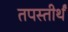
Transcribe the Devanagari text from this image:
तपस्तीर्थं